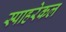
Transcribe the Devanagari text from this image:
स्पाहरेकल